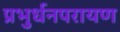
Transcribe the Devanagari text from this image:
प्रभुर्धनपरायण